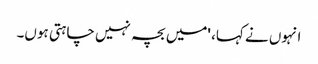
انہوں نے کہا، 'میں بچہ نہیں چاہتی ہوں۔